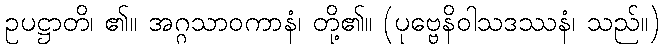
ဥပဋ္ဌာတိ၊ ၏။ အဂ္ဂသာဝကာနံ၊ တို့၏။ (ပုဗ္ဗေနိဝါသဒဿနံ၊ သည်။)